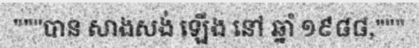
"""បាន សាងសង់ ឡើង នៅ ឆ្នាំ ១៩៨៨,"""